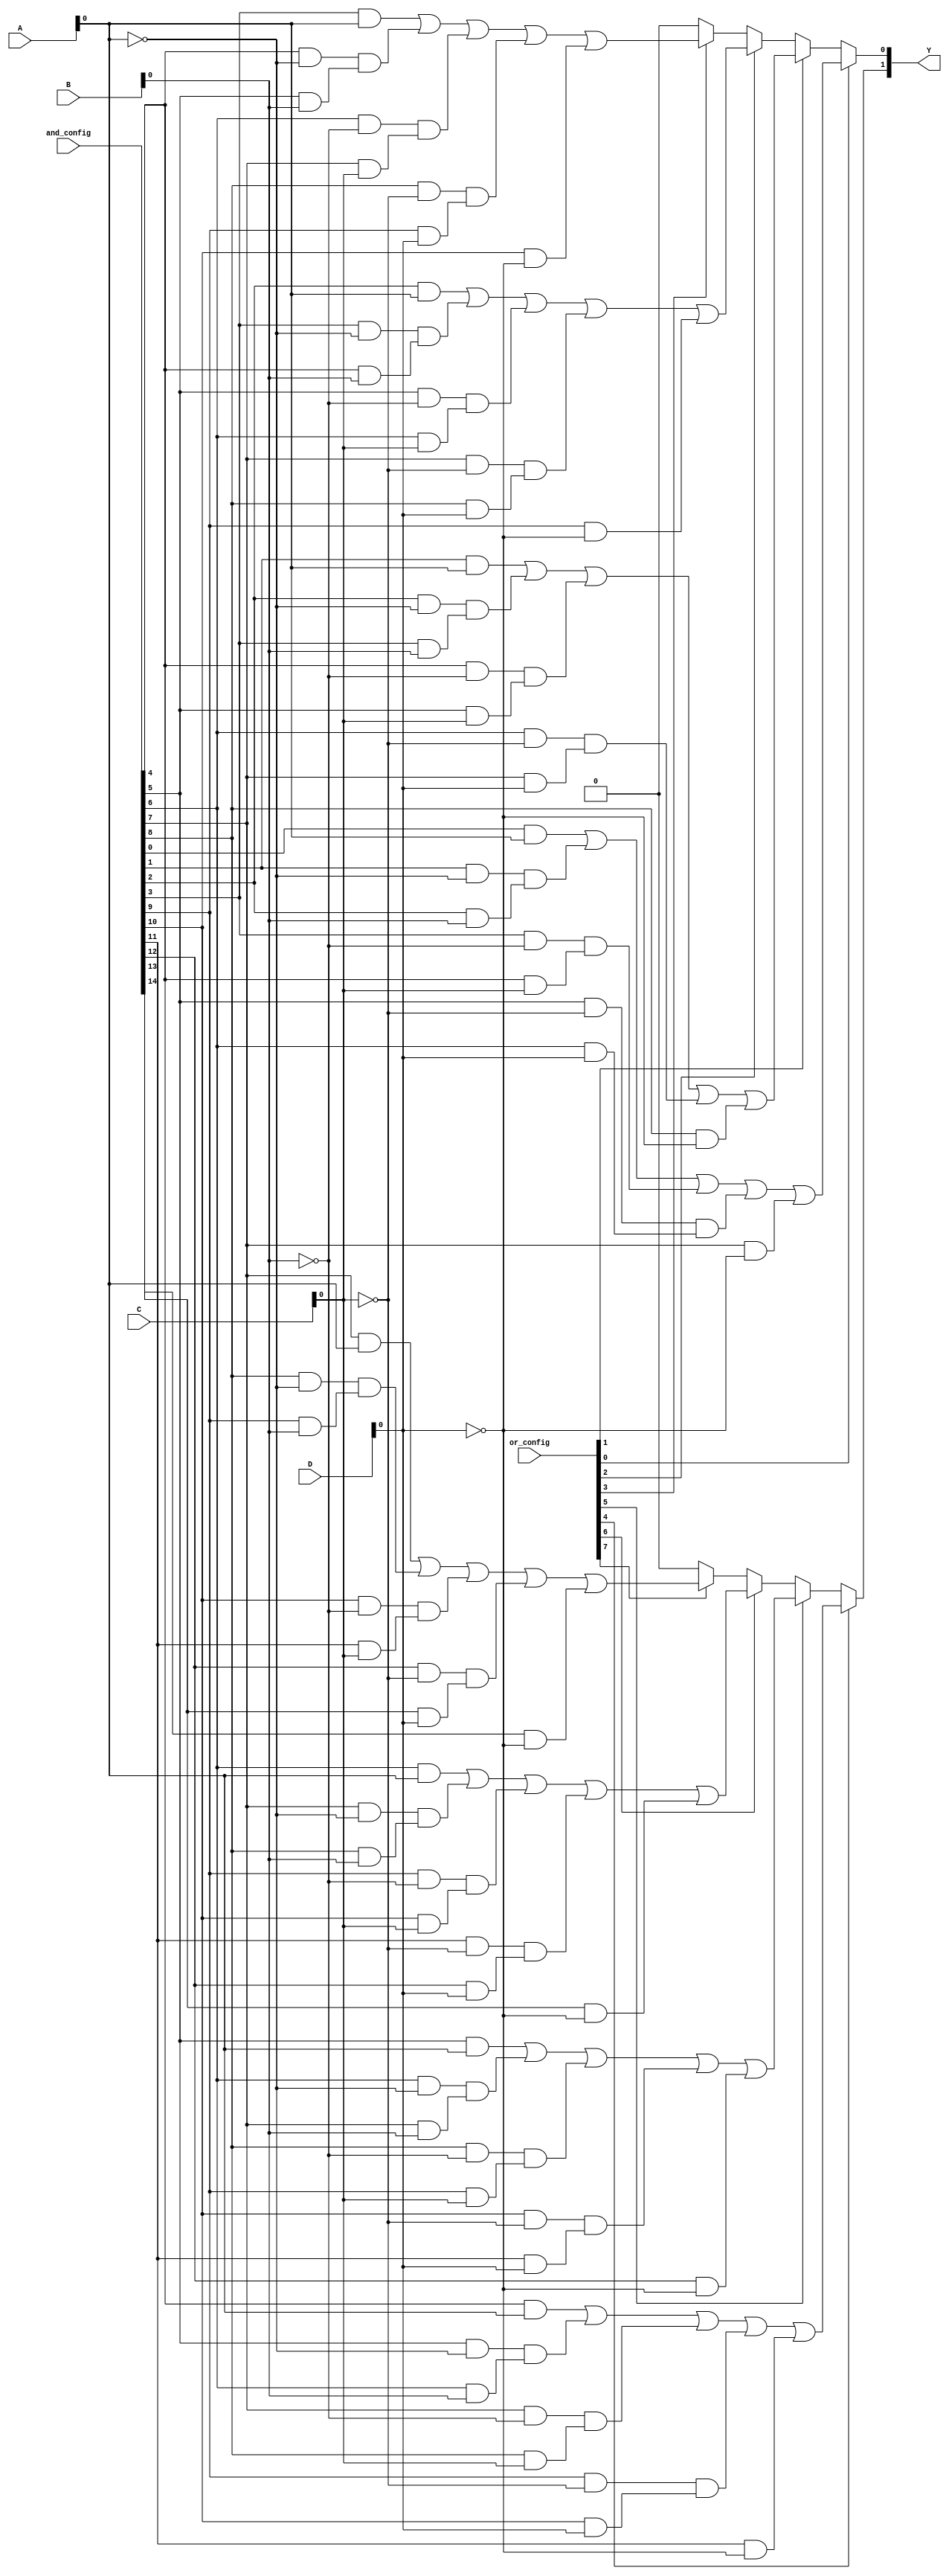
module SPAL (
    input wire [3:0] A,        // Input lines A[3:0]
    input wire [3:0] B,        // Input lines B[3:0]
    input wire [3:0] C,        // Input lines C[3:0]
    input wire [3:0] D,        // Input lines D[3:0]
    input wire [15:0] and_config, // Configuration for AND gates
    input wire [7:0] or_config,   // Configuration for OR gates
    output wire [3:0] Y         // Output lines Y[3:0]
);

// Declare wires for the outputs of the AND gates
wire [15:0] and_out;

// Programmable AND Array
generate
    genvar i;
    for (i = 0; i < 16; i = i + 1) begin : and_gate
        assign and_out[i] = (and_config[i] & A) | (and_config[i+1] & ~A) & 
                            (and_config[i+2] & B) | (and_config[i+3] & ~B) & 
                            (and_config[i+4] & C) | (and_config[i+5] & ~C) & 
                            (and_config[i+6] & D) | (and_config[i+7] & ~D);
    end
endgenerate

// Programmable OR Array
assign Y[0] = or_config[0] ? and_out[0] : 0 |
              or_config[1] ? and_out[1] : 0 |
              or_config[2] ? and_out[2] : 0 |
              or_config[3] ? and_out[3] : 0;

assign Y[1] = or_config[4] ? and_out[4] : 0 |
              or_config[5] ? and_out[5] : 0 |
              or_config[6] ? and_out[6] : 0 |
              or_config[7] ? and_out[7] : 0;

// Additional OR outputs can be added similarly
// For Y[2] and Y[3], you can extend the logic like above

endmodule